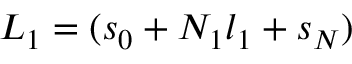
L _ { 1 } = ( s _ { 0 } + N _ { 1 } l _ { 1 } + s _ { N } )